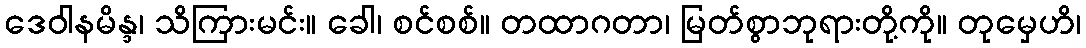
ဒေဝါနမိန္ဒ၊ သိကြားမင်း။ ခေါ၊ စင်စစ်။ တထာဂတာ၊ မြတ်စွာဘုရားတို့ကို။ တုမှေဟိ၊